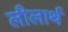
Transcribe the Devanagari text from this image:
लीलार्थ